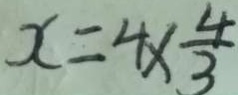
x = 4 \times \frac { 4 } { 3 }